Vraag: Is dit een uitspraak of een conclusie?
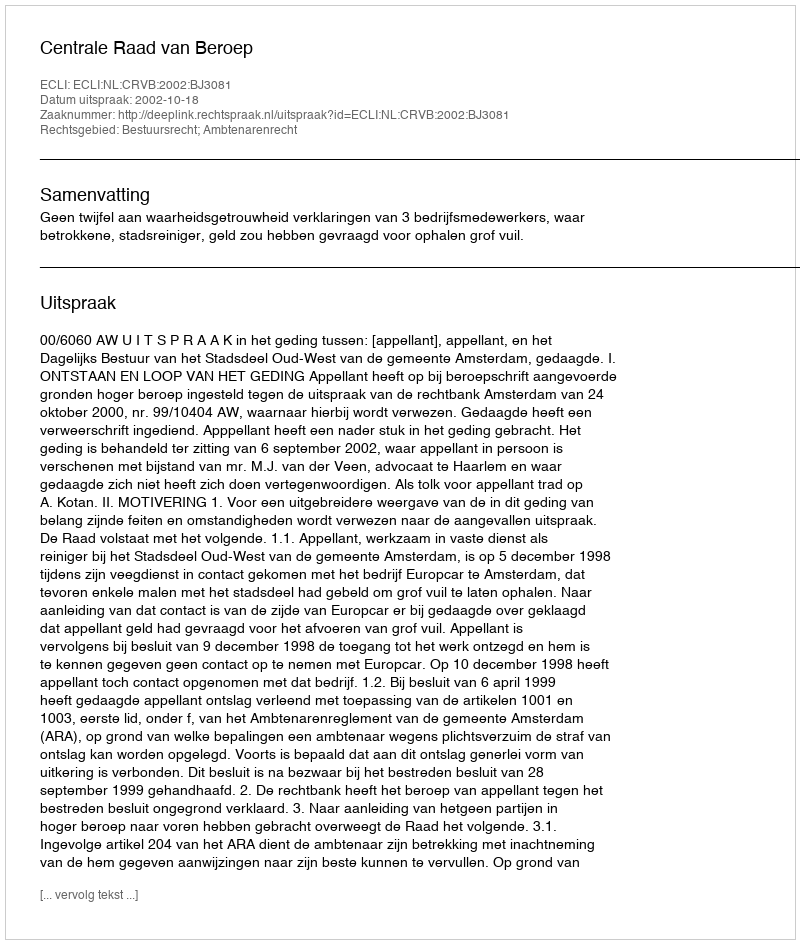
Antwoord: Uitspraak